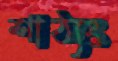
শাঠ্যং